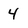
Character: 4